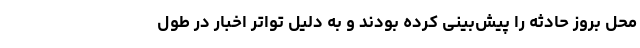
محل بروز حادثه را پیش‌بینی کرده بودند و به دلیل تواتر اخبار در طول